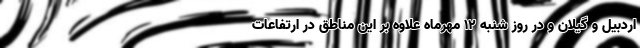
اردبیل و گیلان و در روز شنبه ۱۲ مهرماه علاوه بر این مناطق در ارتفاعات